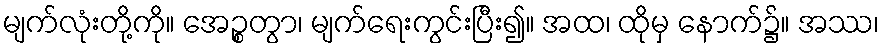
မျက်လုံးတို့ကို။ အေဉ္စတွာ၊ မျက်ရေးကွင်းပြီး၍။ အထ၊ ထိုမှ နောက်၌။ အဿ၊